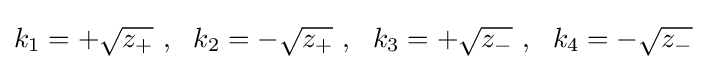
k_{1}=+{\sqrt {z_{+}}}~,~~k_{2}=-{\sqrt {z_{+}}}~,~~k_{3}=+{\sqrt {z_{-}}}~,~~k_{4}=-{\sqrt {z_{-}}}